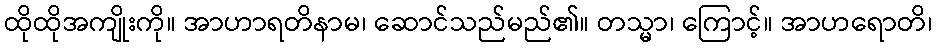
ထိုထိုအကျိုးကို။ အာဟာရတိနာမ၊ ဆောင်သည်မည်၏။ တသ္မာ၊ ကြောင့်။ အာဟရောတိ၊